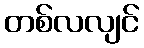
တစ်လလျင်